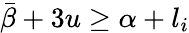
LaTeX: \bar{\beta}+3u\ge\alpha+l_{i}